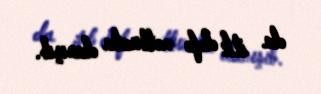
da ilk dəfə mətbuata danışıb.